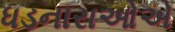
ધડનારાઓએ